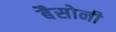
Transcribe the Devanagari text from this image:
बैसोनी